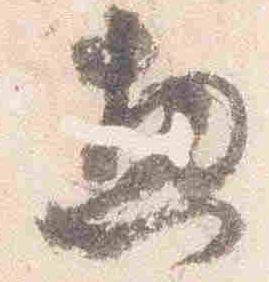
惣